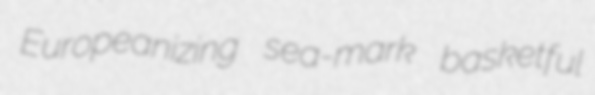
Europeanizing sea-mark basketful